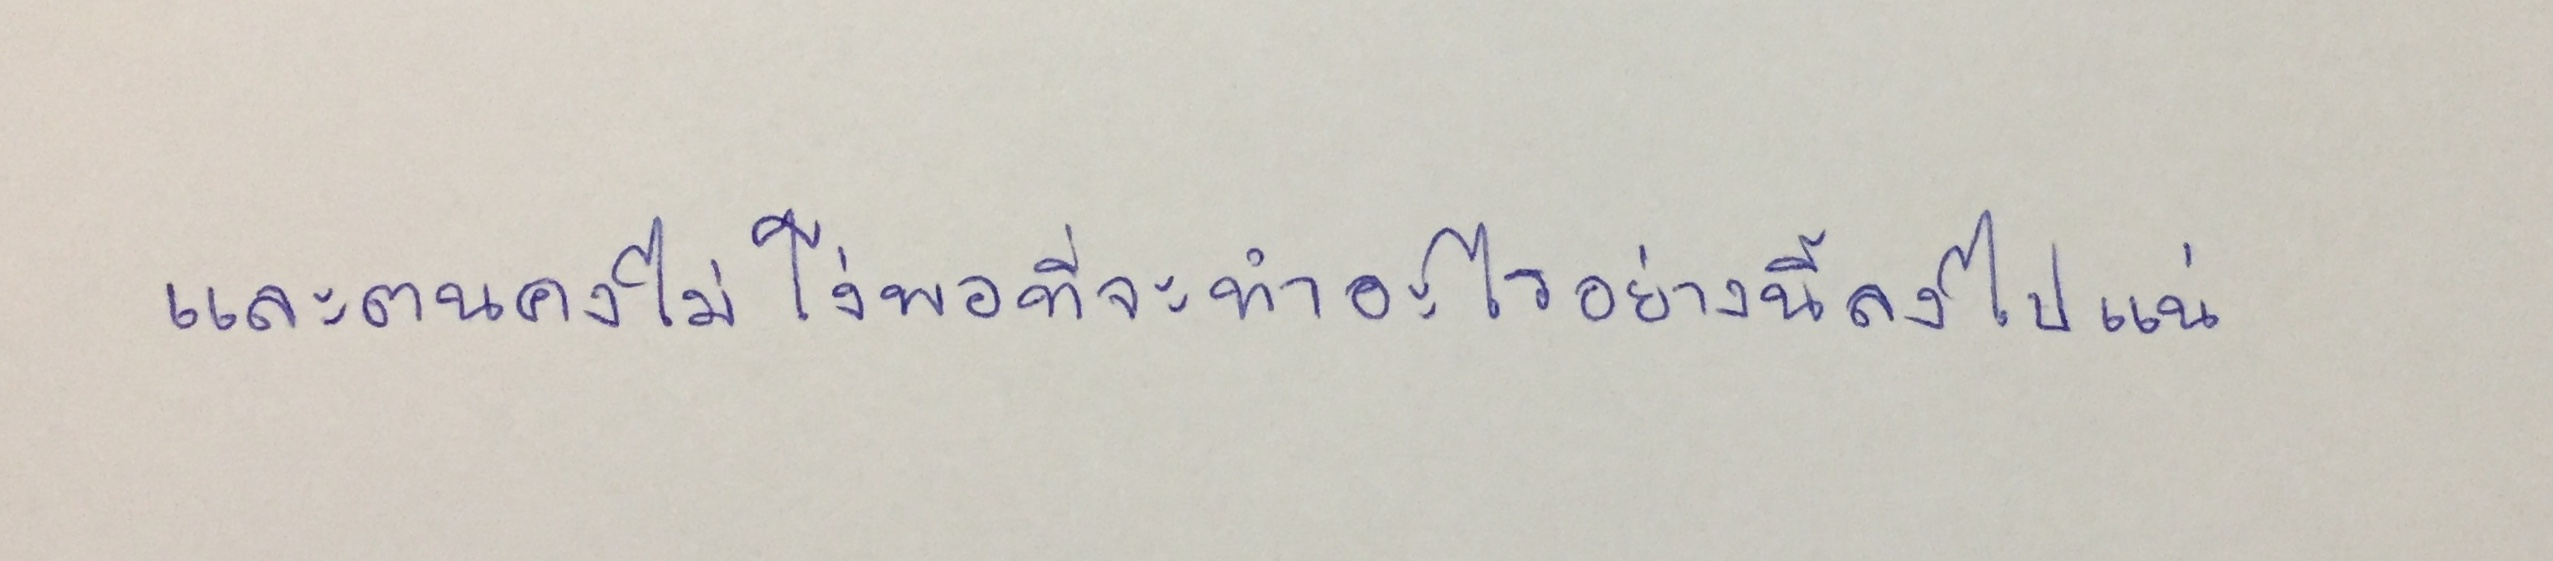
และตนคงไม่โง่พอที่จะทำอะไรอย่างนี้ลงไปแน่